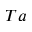
T a